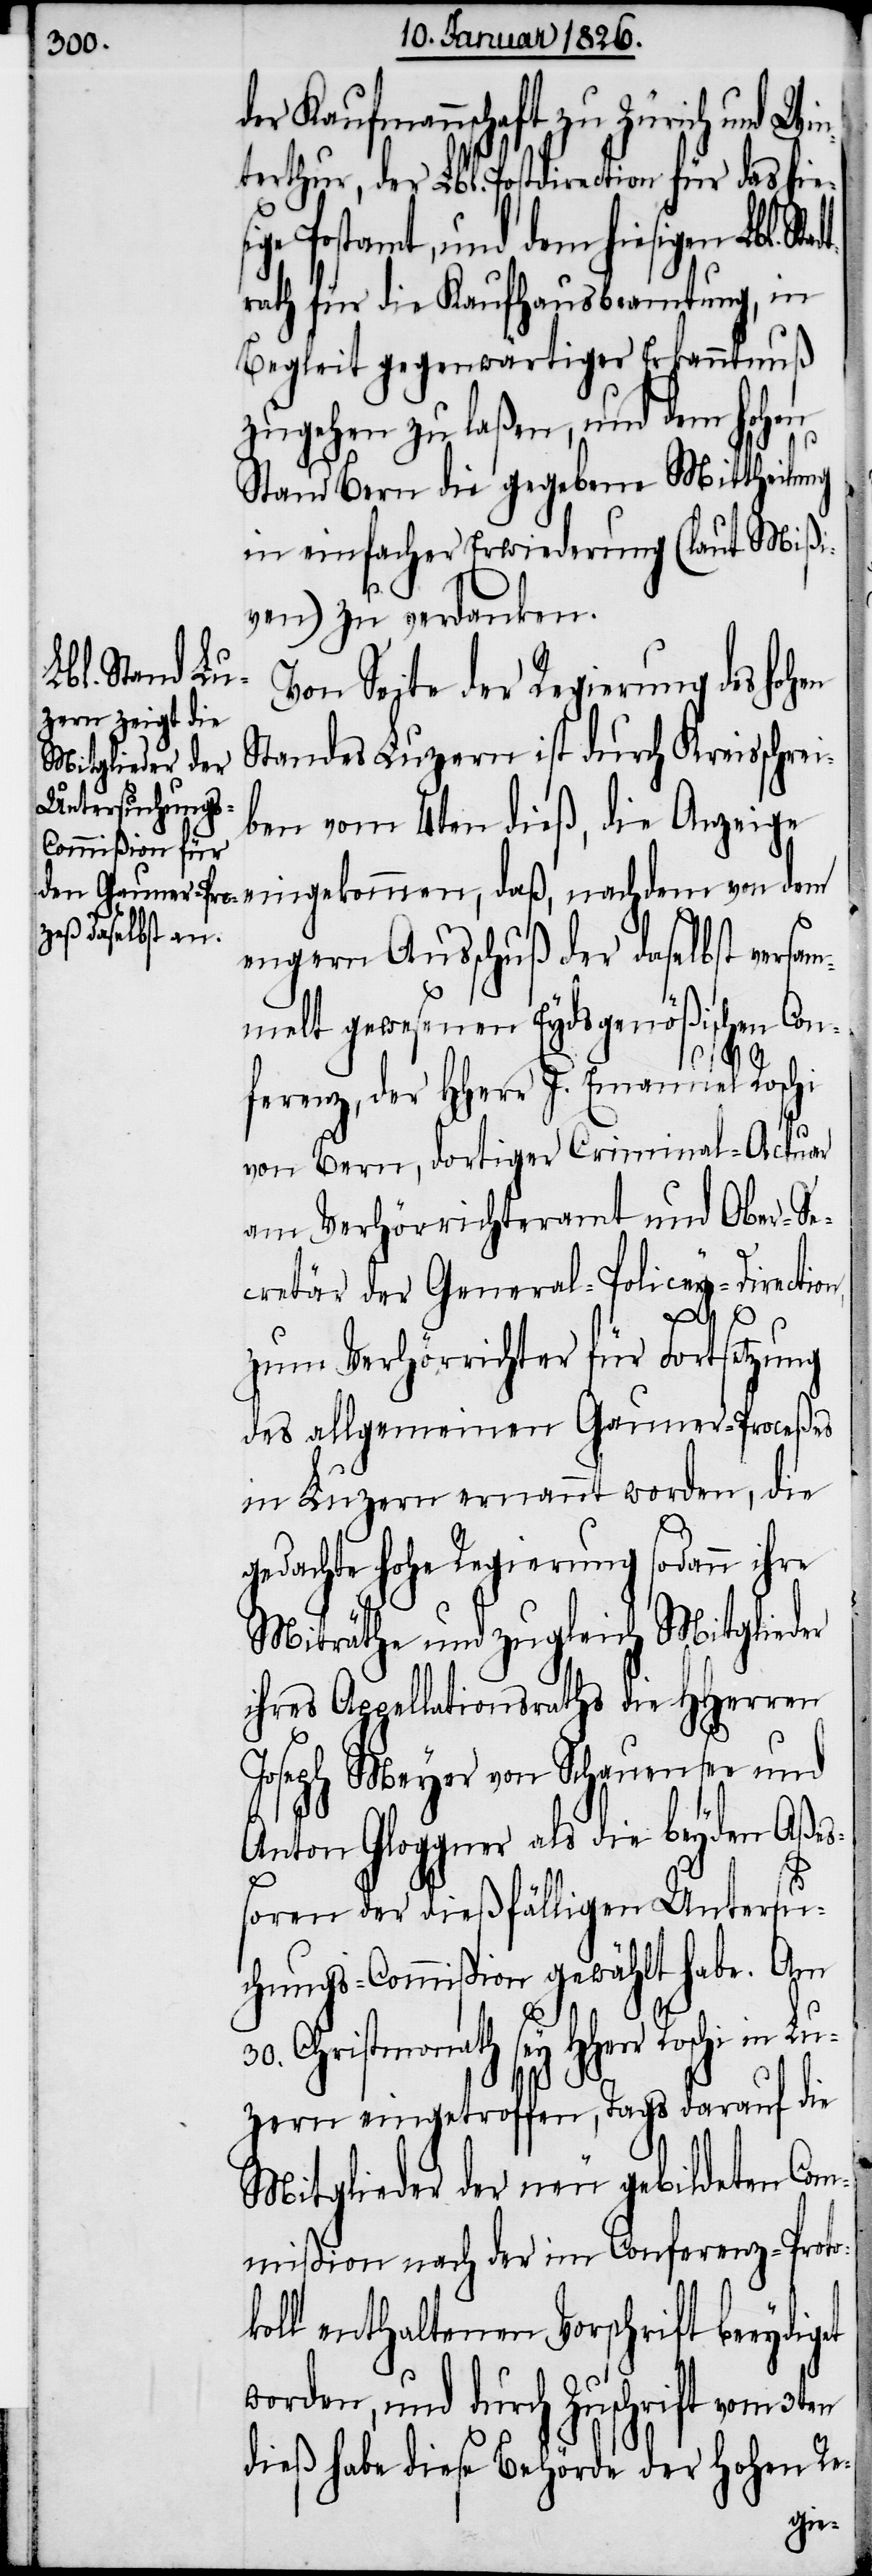
der Kaufmannschaft zu Zürich und Win¬
terthur, der Lbl. Postdirection für
ige Postamt, und dem hiesigen
rath für die Kaufhausbeamtung, in
Begleit gegenwärtiger Erkanntnuß
zugehen zu laßen, und dem hohen
Stand Bern die gegebene Mittheilung
in einfacher Erwiederung (laut Mißi¬
ven) zu verdanken.
Lbl. Stadt¬
Von Seite der Regierung des hohen
Standes Luzern ist durch Kreisschrei¬
ben vom 4ten dieß, die Anzeige
engern Ausschuß der daselbst versam¬
melt gewesenen Eydsgenößischen Con¬
ferenz, der HHerr J. Emanuel Roschi
von Bern, dortiger Criminal-Actuar
am Verhörrichteramt und Ober-Se¬
cretär der General-Policey-Directio¬
n,
zum Verhörrichter für Fortsetzung
des allgemeinen Gauner-Proceßes
in Luzern ernannt worden, die
gedachte hohe Regierung sodann ihre
Miträthe und zugleich Mitglieder
ihres Appellationsraths die HHerren
Joseph Meyer von Schauensee und
Anton Gloggner als die beyden Aße¬
get
ßoren der dießfälligen Untersu¬
chungs-Commißion gewählt habe. Am
30. Christmonath sey HHerr Roschi in
zern eingetroffen, Tags darauf die
Mitglieder der neu gebildeten Com¬
mißion nach der im Conferenz-Proto¬
koll enthaltenen Vorschrift beeydi¬
worden, und durch Zuschrift vom 3ten
dieß habe diese Behörde der hohen Re-
Lu¬